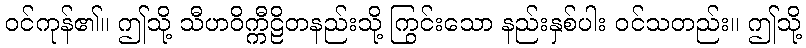
ဝင်ကုန်၏။ ဤသို့ သီဟဝိက္ကီဠိတနည်းသို့ ကြွင်းသော နည်းနှစ်ပါး ဝင်သတည်း။ ဤသို့